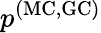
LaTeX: p^{\mathrm{(MC,GC)}}